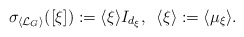
\begin{align*} \sigma_{\langle \mathcal{L}_G\rangle}([\xi]):= \langle \xi \rangle I_{d_\xi}, \,\,\,\langle \xi \rangle:=\langle \mu_\xi \rangle. \end{align*}